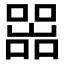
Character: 𡼚